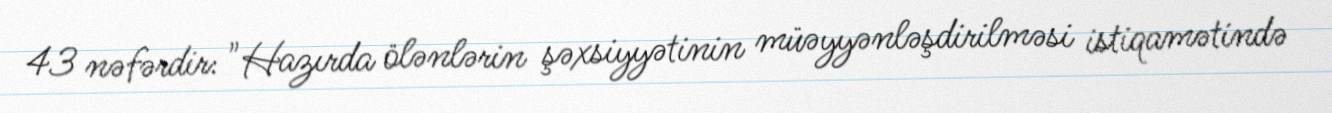
43 nəfərdir: "Hazırda ölənlərin şəxsiyyətinin müəyyənləşdirilməsi istiqamətində